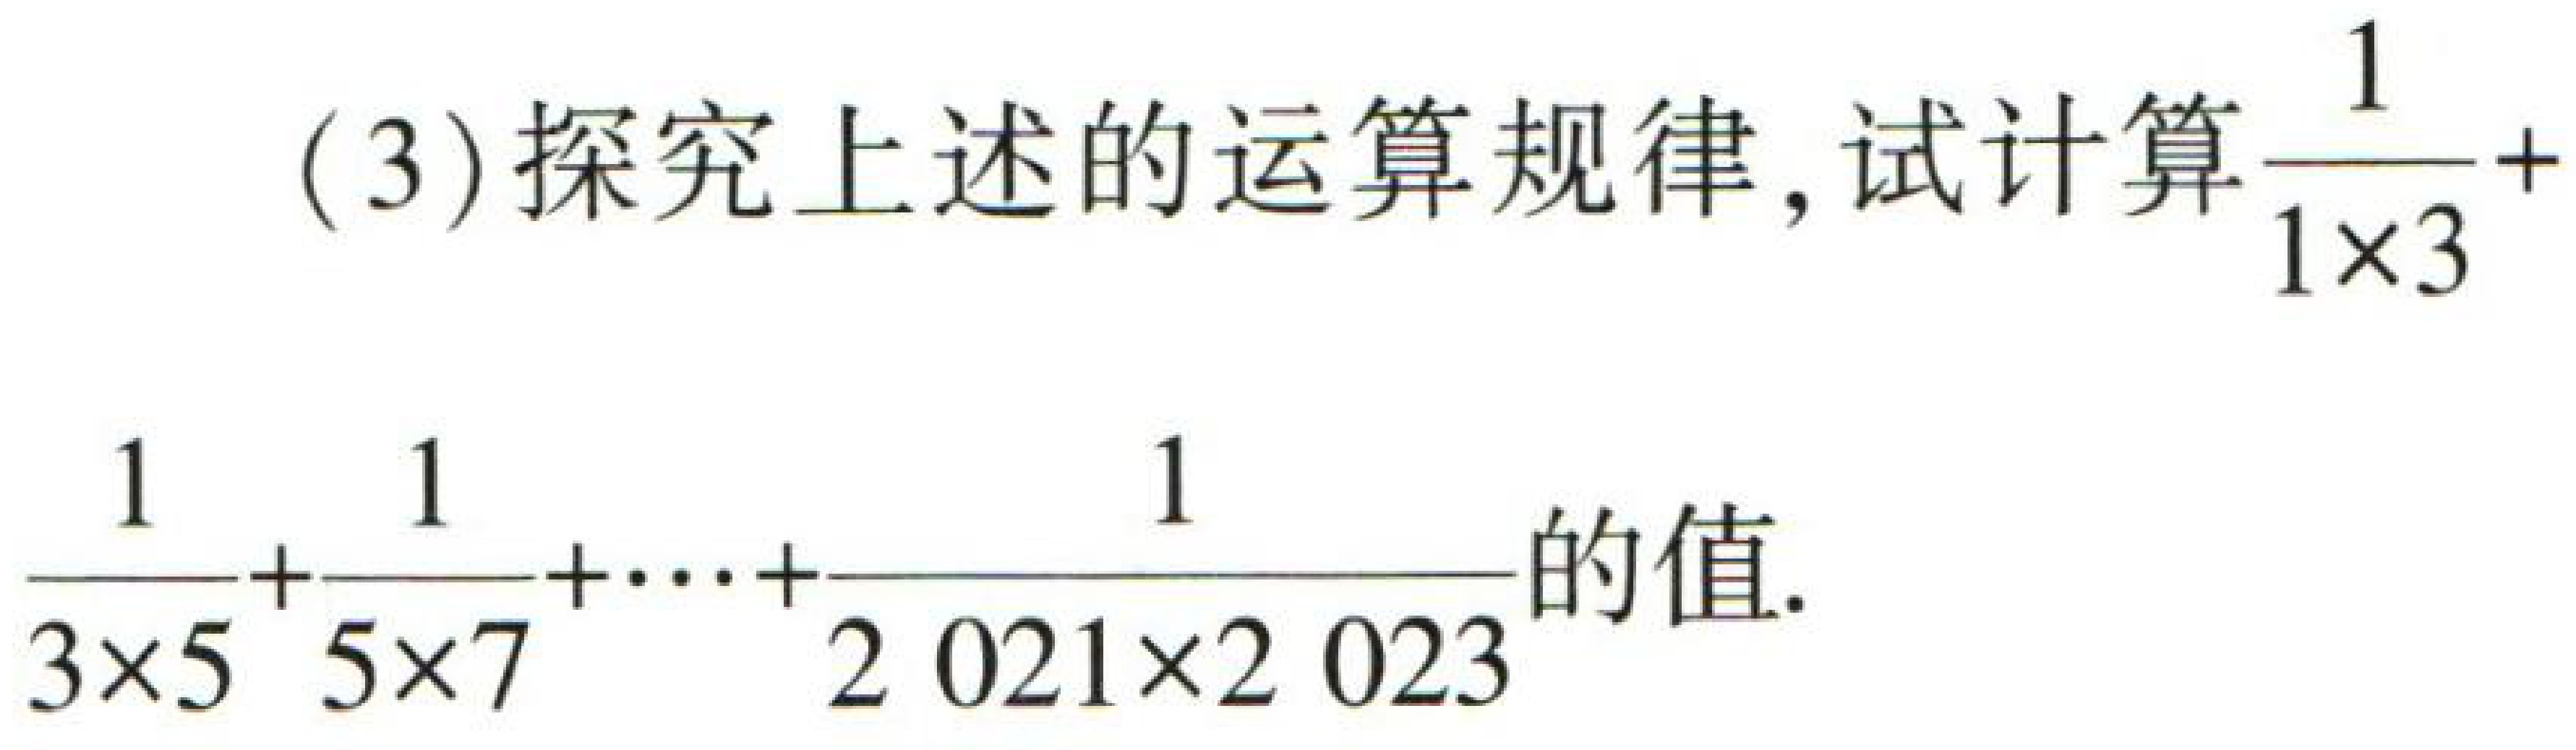
(3)探究上述的运算规律, 试计算$\frac{1}{1\times3}+$
$\frac{1}{3\times5}+\frac{1}{5\times7}+\cdots+\frac{1}{2\ 021\times2\ 023}$的值.